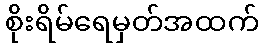
စိုးရိမ်ရေမှတ်အထက်